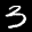
Label: 3